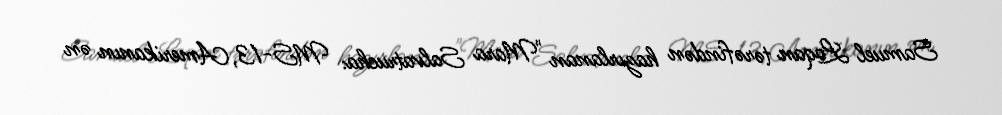
Samuel Loqan tərəfindən hazırlanan "Mara Salvatrucha: MS-13, Amerikanın ən